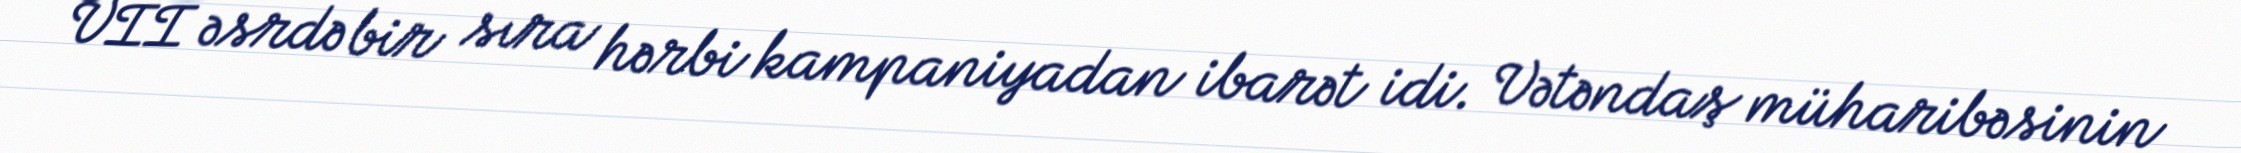
VII əsrdə bir sıra hərbi kampaniyadan ibarət idi. Vətəndaş müharibəsinin